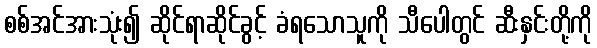
စစ်အင်အားသုံး၍ ဆိုင်ရာဆိုင်ခွင့် ခံရသောသူကို သီပေါတွင် ဆီးနှင်းတို့ကို